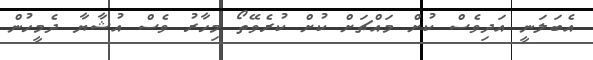
އެބަލަނީ އަދިވެސް ކުށް މައްޗަށް ކުށް ކުރެވޭތޯ މިހާރު ވެސް އުޝާޔާ ދެމީހުން